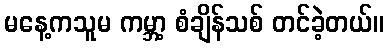
မနေ့ကသူမ ကမ္ဘာ့ စံချိန်သစ် တင်ခဲ့တယ်။